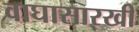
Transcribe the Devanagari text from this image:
वाघासारखी